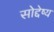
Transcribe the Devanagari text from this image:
सोद्देष्य